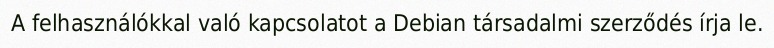
A felhasználókkal való kapcsolatot a Debian társadalmi szerződés írja le.